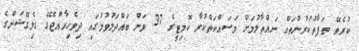
ކުރެވޭ ތަފާތުކުރުންތައް ނައްތާލުމަށް މަސައްކަތްކުރާ ކޮމިޓީގެ 37 ވަން ބައްދަލުވުމުގައި ދިވެހިރާއްޖޭގެ ޑެލިގޭޝަންގެ